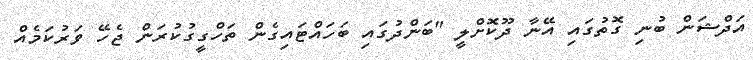
އަދްޝަަން ބުނި ގޮތުގައި އޭނާ ދޫކޮށްލީ "ބަންދުގައި ބަހައްޓައިގެން ތަހްގީގުކުރަން ޖެހޭ ވަރުކަމެއް